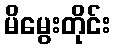
မိမွေးတိုင်း